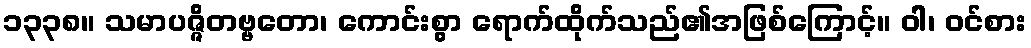
၁၃၃၈။ သမာပဇ္ဇိတဗ္ဗတော၊ ကောင်းစွာ ရောက်ထိုက်သည်၏အဖြစ်ကြောင့်။ ဝါ၊ ဝင်စား